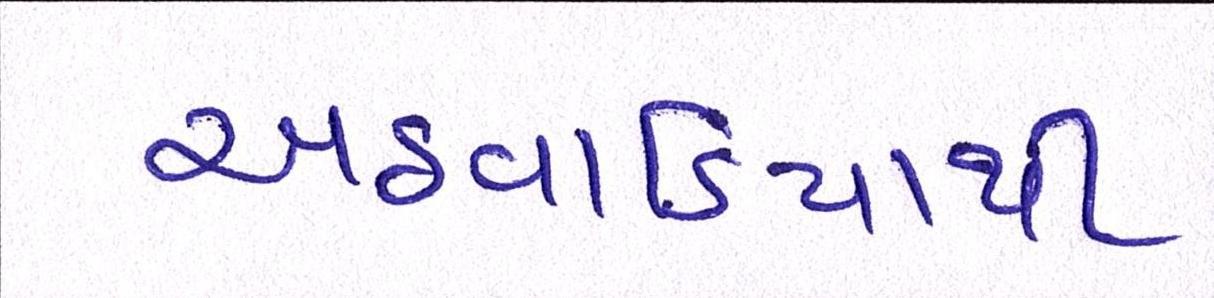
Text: અઠવાડિયાથી